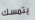
يتمسك